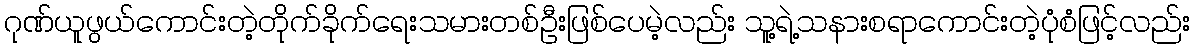
ဂုဏ်ယူဖွယ်ကောင်းတဲ့တိုက်ခိုက်ရေးသမားတစ်ဦးဖြစ်ပေမဲ့လည်း သူ့ရဲ့သနားစရာကောင်းတဲ့ပုံစံဖြင့်လည်း